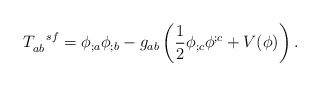
\begin{align*}T_{ab}^{\ \ sf} =\phi_{;a}\phi_{;b}-g_{ab}\left(\frac{1}{2}\phi_{;c}\phi^{;c}+V(\phi)\right).\end{align*}